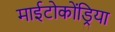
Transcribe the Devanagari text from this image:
माईटोकोंड्रिया